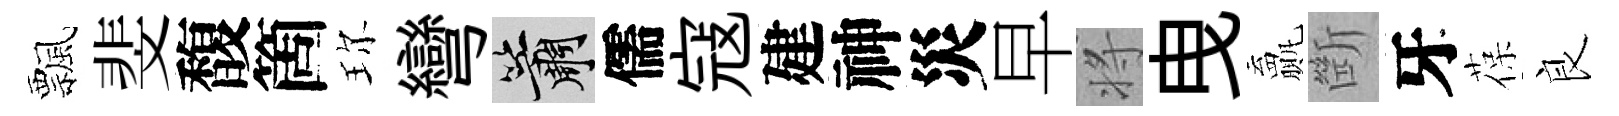
飄斐馥箇珎彎簫儒寇建神災早将曳贏㫁牙葆良